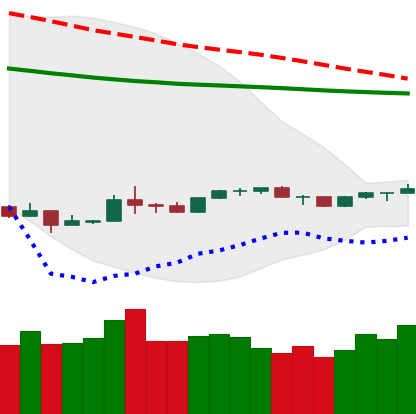
Ticker: NEO-USD
Chart end date: 2020-04-02
Forward return: 10.068%
Label: up_7plus